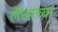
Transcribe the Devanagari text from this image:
लॅब्सच्या